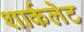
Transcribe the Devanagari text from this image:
शार्कलेट